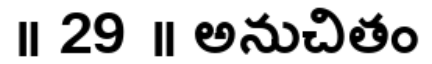
॥ 29 ॥ అనుచితం